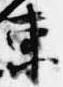
東